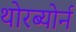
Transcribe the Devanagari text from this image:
थोरब्योर्न